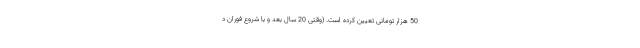
50 هزار تومانی تعیین کرده است. (وقتی 20 سال بعد و با شروع فوران د